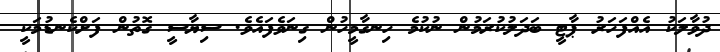
ދުވާލަކު އެއްފަހަރު ޕާޓީ ބަދަލުކުރަމުން ނުކުމެ ހިނގާމީހުން ގިނަވެފައެވެ. ސިޔާސީ ގޮތުން ފަށްކެނޑުމަކީ